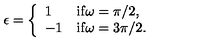
\epsilon = \left\{ \begin{array} { l l } { 1 } & { \mathrm { i f \omega = \pi / 2 } , } \\ { - 1 } & { \mathrm { i f \omega = 3 \pi / 2 } . } \\ \end{array} \right.